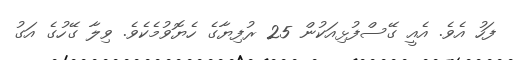
ފަހު އެވެ. އެއީ ގޭސްފުޅިއަކުން 25 ރުފިޔާގެ ހެޔޮވުމެކެވެ. ވިލާ ގޭހުގެ އަގު